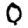
Digit: 0